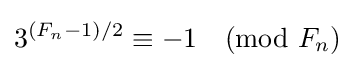
3^{(F_{n}-1)/2}\equiv -1{\pmod {F_{n}}}